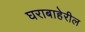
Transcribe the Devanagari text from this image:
घराबाहेरील